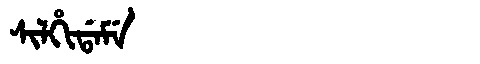
Manchu: ᠰᡳᠯᡥᡳᡩᠠᠮᡝ
Romanization: SILHIDAME